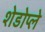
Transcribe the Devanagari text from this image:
शेडोप्ले